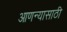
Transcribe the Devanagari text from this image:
आणन्यासाठी